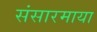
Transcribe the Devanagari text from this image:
संसारमाया